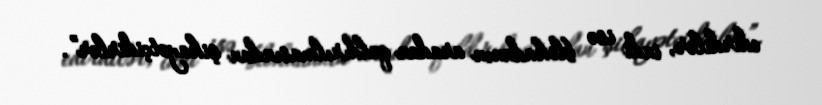
edirdilər, indi isə blokadanın aradan qaldırılmasından şikayətçidirlər”.